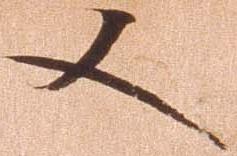
又